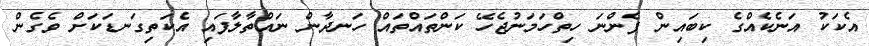
އެކަކު އަނެކެއްގެ ކިބައިން ފެންނަ ހިތްހަމަނުޖެހޭ ކަންތައްތައް ހަނދާން ނައްތާލާފައި އެކަތިގަނޑަކަށް ވެގެން